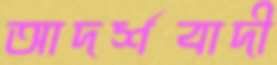
আদর্শবাদী